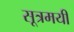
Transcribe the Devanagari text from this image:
सूत्रमयी